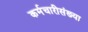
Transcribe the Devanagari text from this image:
कर्मचारीसंख्या